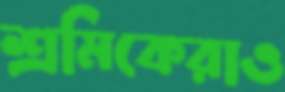
শ্রমিকেরাও